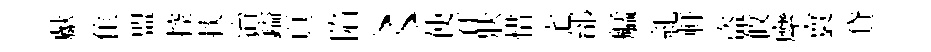
獻隹盟控掞治鎰頁陷〻使徉狀惜宅邰艋糺軒盜攸縻寰貸